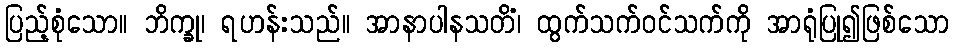
ပြည့်စုံသော။ ဘိက္ခု၊ ရဟန်းသည်။ အာနာပါနသတိံ၊ ထွက်သက်ဝင်သက်ကို အာရုံပြု၍ဖြစ်သော